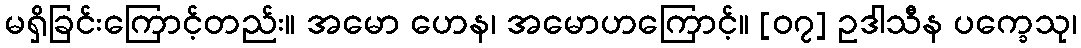
မရှိခြင်းကြောင့်တည်း။ အမော ဟေန၊ အမောဟကြောင့်။ [၀၇] ဥဒါသီန ပက္ခေသု၊